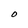
Character: O